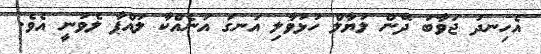
އެހިނދު ޖަވާބު ދޭން ލަޔާލް ހުޅުވާލި އަނގަ އަނެއްކާ ލައްޕާ ލެވުނީ އެވެ.